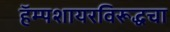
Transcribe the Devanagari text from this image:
हॅम्पशायरविरूद्धचा